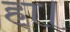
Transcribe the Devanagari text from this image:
हा।